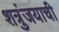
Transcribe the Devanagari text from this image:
शत्रुंजयाची